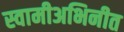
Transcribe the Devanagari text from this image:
स्वामीअभिनीत